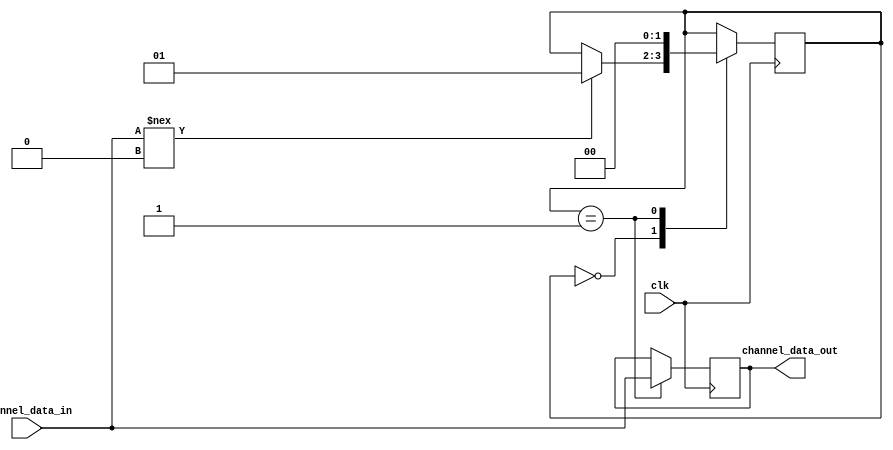
module multi_channel_synchronizer (
    input wire clk, // Common clock signal
    input wire [7:0] channel_data_in,
    output wire [7:0] channel_data_out
);

// Timing control block
reg [1:0] state;
parameter IDLE = 2'b00;
parameter SYNC = 2'b01;

// Synchronization block
reg [7:0] synced_data;

// State machine for timing control
always @(posedge clk) begin
    case(state)
        IDLE: begin
            // Wait for valid data signal
            if (channel_data_in !== 8'b0) begin
                state <= SYNC;
            end
        end
        SYNC: begin
            // Synchronize data to common clock
            synced_data <= channel_data_in;
            state <= IDLE;
        end
    endcase
end

// Assign synchronized data to output
assign channel_data_out = synced_data;

endmodule